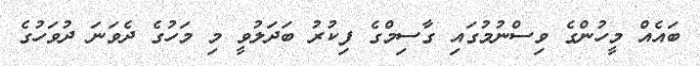
ބައެއް މީހުންގެ ވިސްނުމުގައި ގާސިމްގެ ފިކުރު ބަދަލުވީ މި މަހުގެ ދެވަނަ ދުވަހުގެ